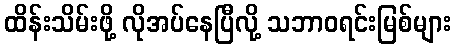
ထိန်းသိမ်းဖို့ လိုအပ်နေပြီလို့ သဘာဝရင်းမြစ်များ